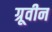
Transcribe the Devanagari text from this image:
ग्रूवीन